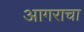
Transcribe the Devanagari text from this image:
आगराचा